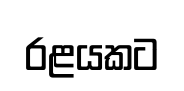
රළයකට